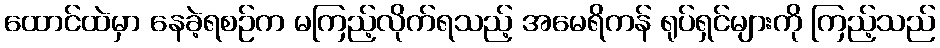
ထောင်ထဲမှာ နေခဲ့ရစဉ်က မကြည့်လိုက်ရသည့် အမေရိကန် ရုပ်ရှင်များကို ကြည့်သည်